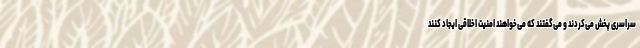
سراسری پخش می‌کردند و می‌گفتند که می‌خواهند امنیت اخلاقی ایجاد کنند